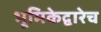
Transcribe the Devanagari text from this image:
भूमिकेद्वारेच